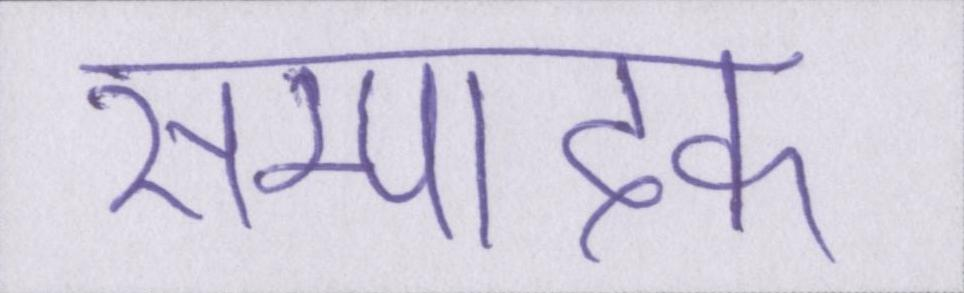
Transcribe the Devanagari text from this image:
सम्पादक